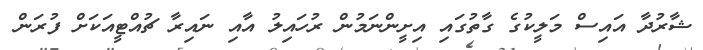
ޝާރުދާ އައިސް މަލީކުގެ ގާތުގައި އިށީންނަމުން ރުހައިލު އާއި ނައިރާ ޗުއްޓީއަކަށް ފުރަން